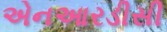
એનઆરડીસી